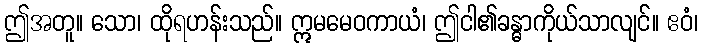
ဤအတူ။ သော၊ ထိုရဟန်းသည်။ ဣမမေဝကာယံ၊ ဤငါ၏ခန္ဓာကိုယ်သာလျင်။ ဧဝံ၊